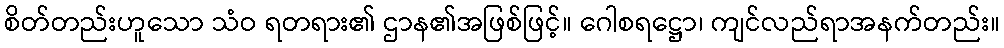
စိတ်တည်းဟူသော သံဝ ရတရား၏ ဌာန၏အဖြစ်ဖြင့်။ ဂေါစရဋ္ဌော၊ ကျင်လည်ရာအနက်တည်း။